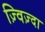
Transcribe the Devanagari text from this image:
ज़्विज़्दा